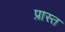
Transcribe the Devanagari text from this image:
प्रास्त